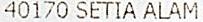
40170 SETIA ALAM